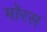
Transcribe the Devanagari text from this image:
मॉरस